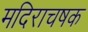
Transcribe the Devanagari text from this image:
मदिराचषक